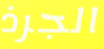
الجرذ